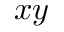
x y